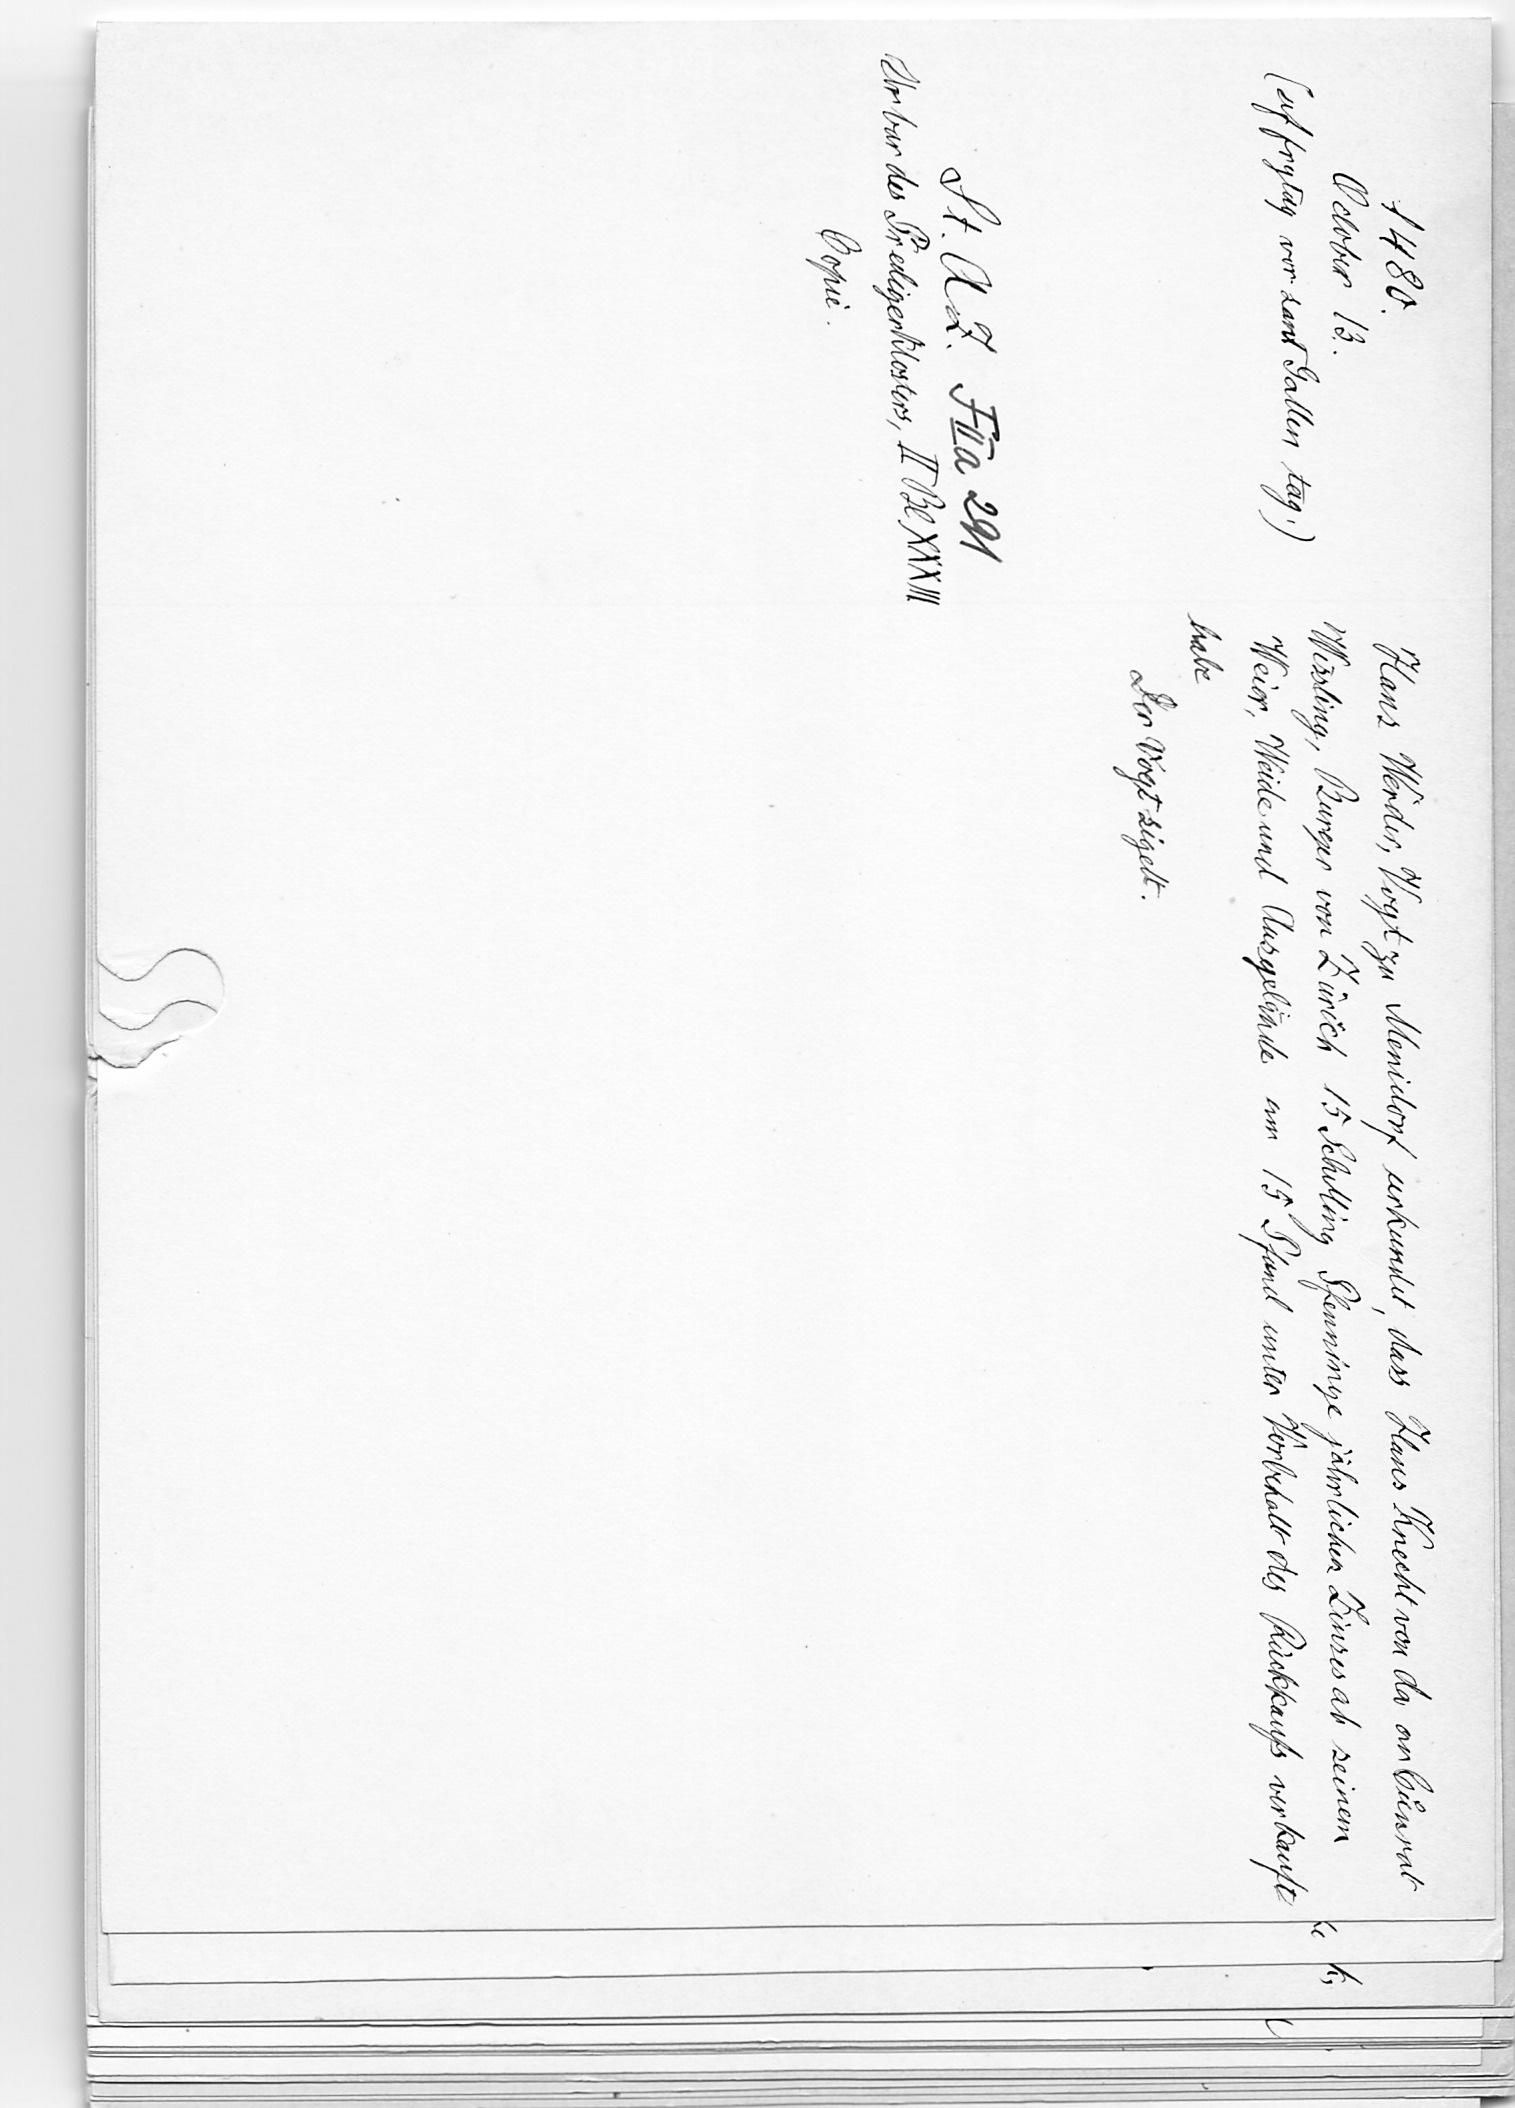
Hans Werder, Vogt zu Menidorf urkundet, dass Hans Knecht von da an Cuͦnrnat
Wissling, Burger von Zürich 15 Schilling Pfenninge jährlichen Zinses ab seinem
Weier, Weide und Ausgelände um 15 Pfund unter Vorbehalt des Rückkaufs verkauft
habe
Der Vogt sigelt.

1480.
October 13.
(uf frytag vor sant Gallen tag.)
St. A. Z. F II a 291
Urbar des Predigerklosters, II Bl. XXXIII.
Copie.